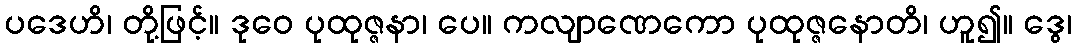
ပဒေဟိ၊ တို့ဖြင့်။ ဒုဝေ ပုထုဇ္ဇနာ၊ ပေ။ ကလျာဏေကော ပုထုဇ္ဇနောတိ၊ ဟူ၍။ ဒွေ၊